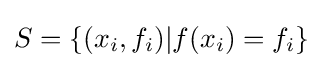
S=\{(x_{i},f_{i})|f(x_{i})=f_{i}\}